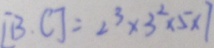
[ B , C ] = 2 ^ { 3 } \times 3 ^ { 2 } \times 5 \times 7